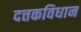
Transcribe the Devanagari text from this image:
दत्तकविधान